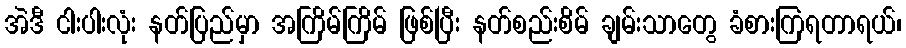
အဲဒီ ငါးပါးလုံး နတ်ပြည်မှာ အကြိမ်ကြိမ် ဖြစ်ပြီး နတ်စည်းစိမ် ချမ်းသာတွေ ခံစားကြရတာရယ်၊